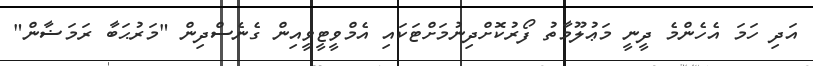
އަދި ހަމަ އެހެންމެ ދީނީ މަޢުލޫމާތު ފޯރުކޮށްދިނުމަށްޓަކައި އެމްވީޓީވީއިން ގެނެސްދިން "މަރުޙަބާ ރަމަޟާން"